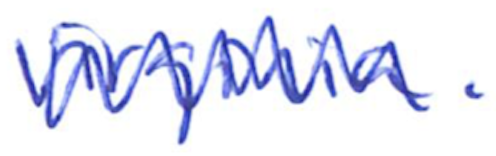
Text: Virginia.
Cross-out: zig-zag
Writing tool: ballpoint